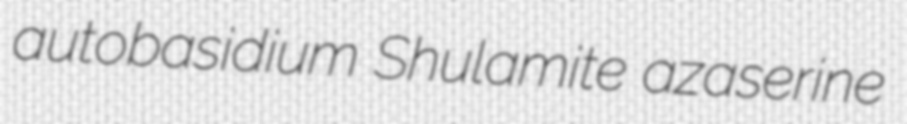
autobasidium Shulamite azaserine